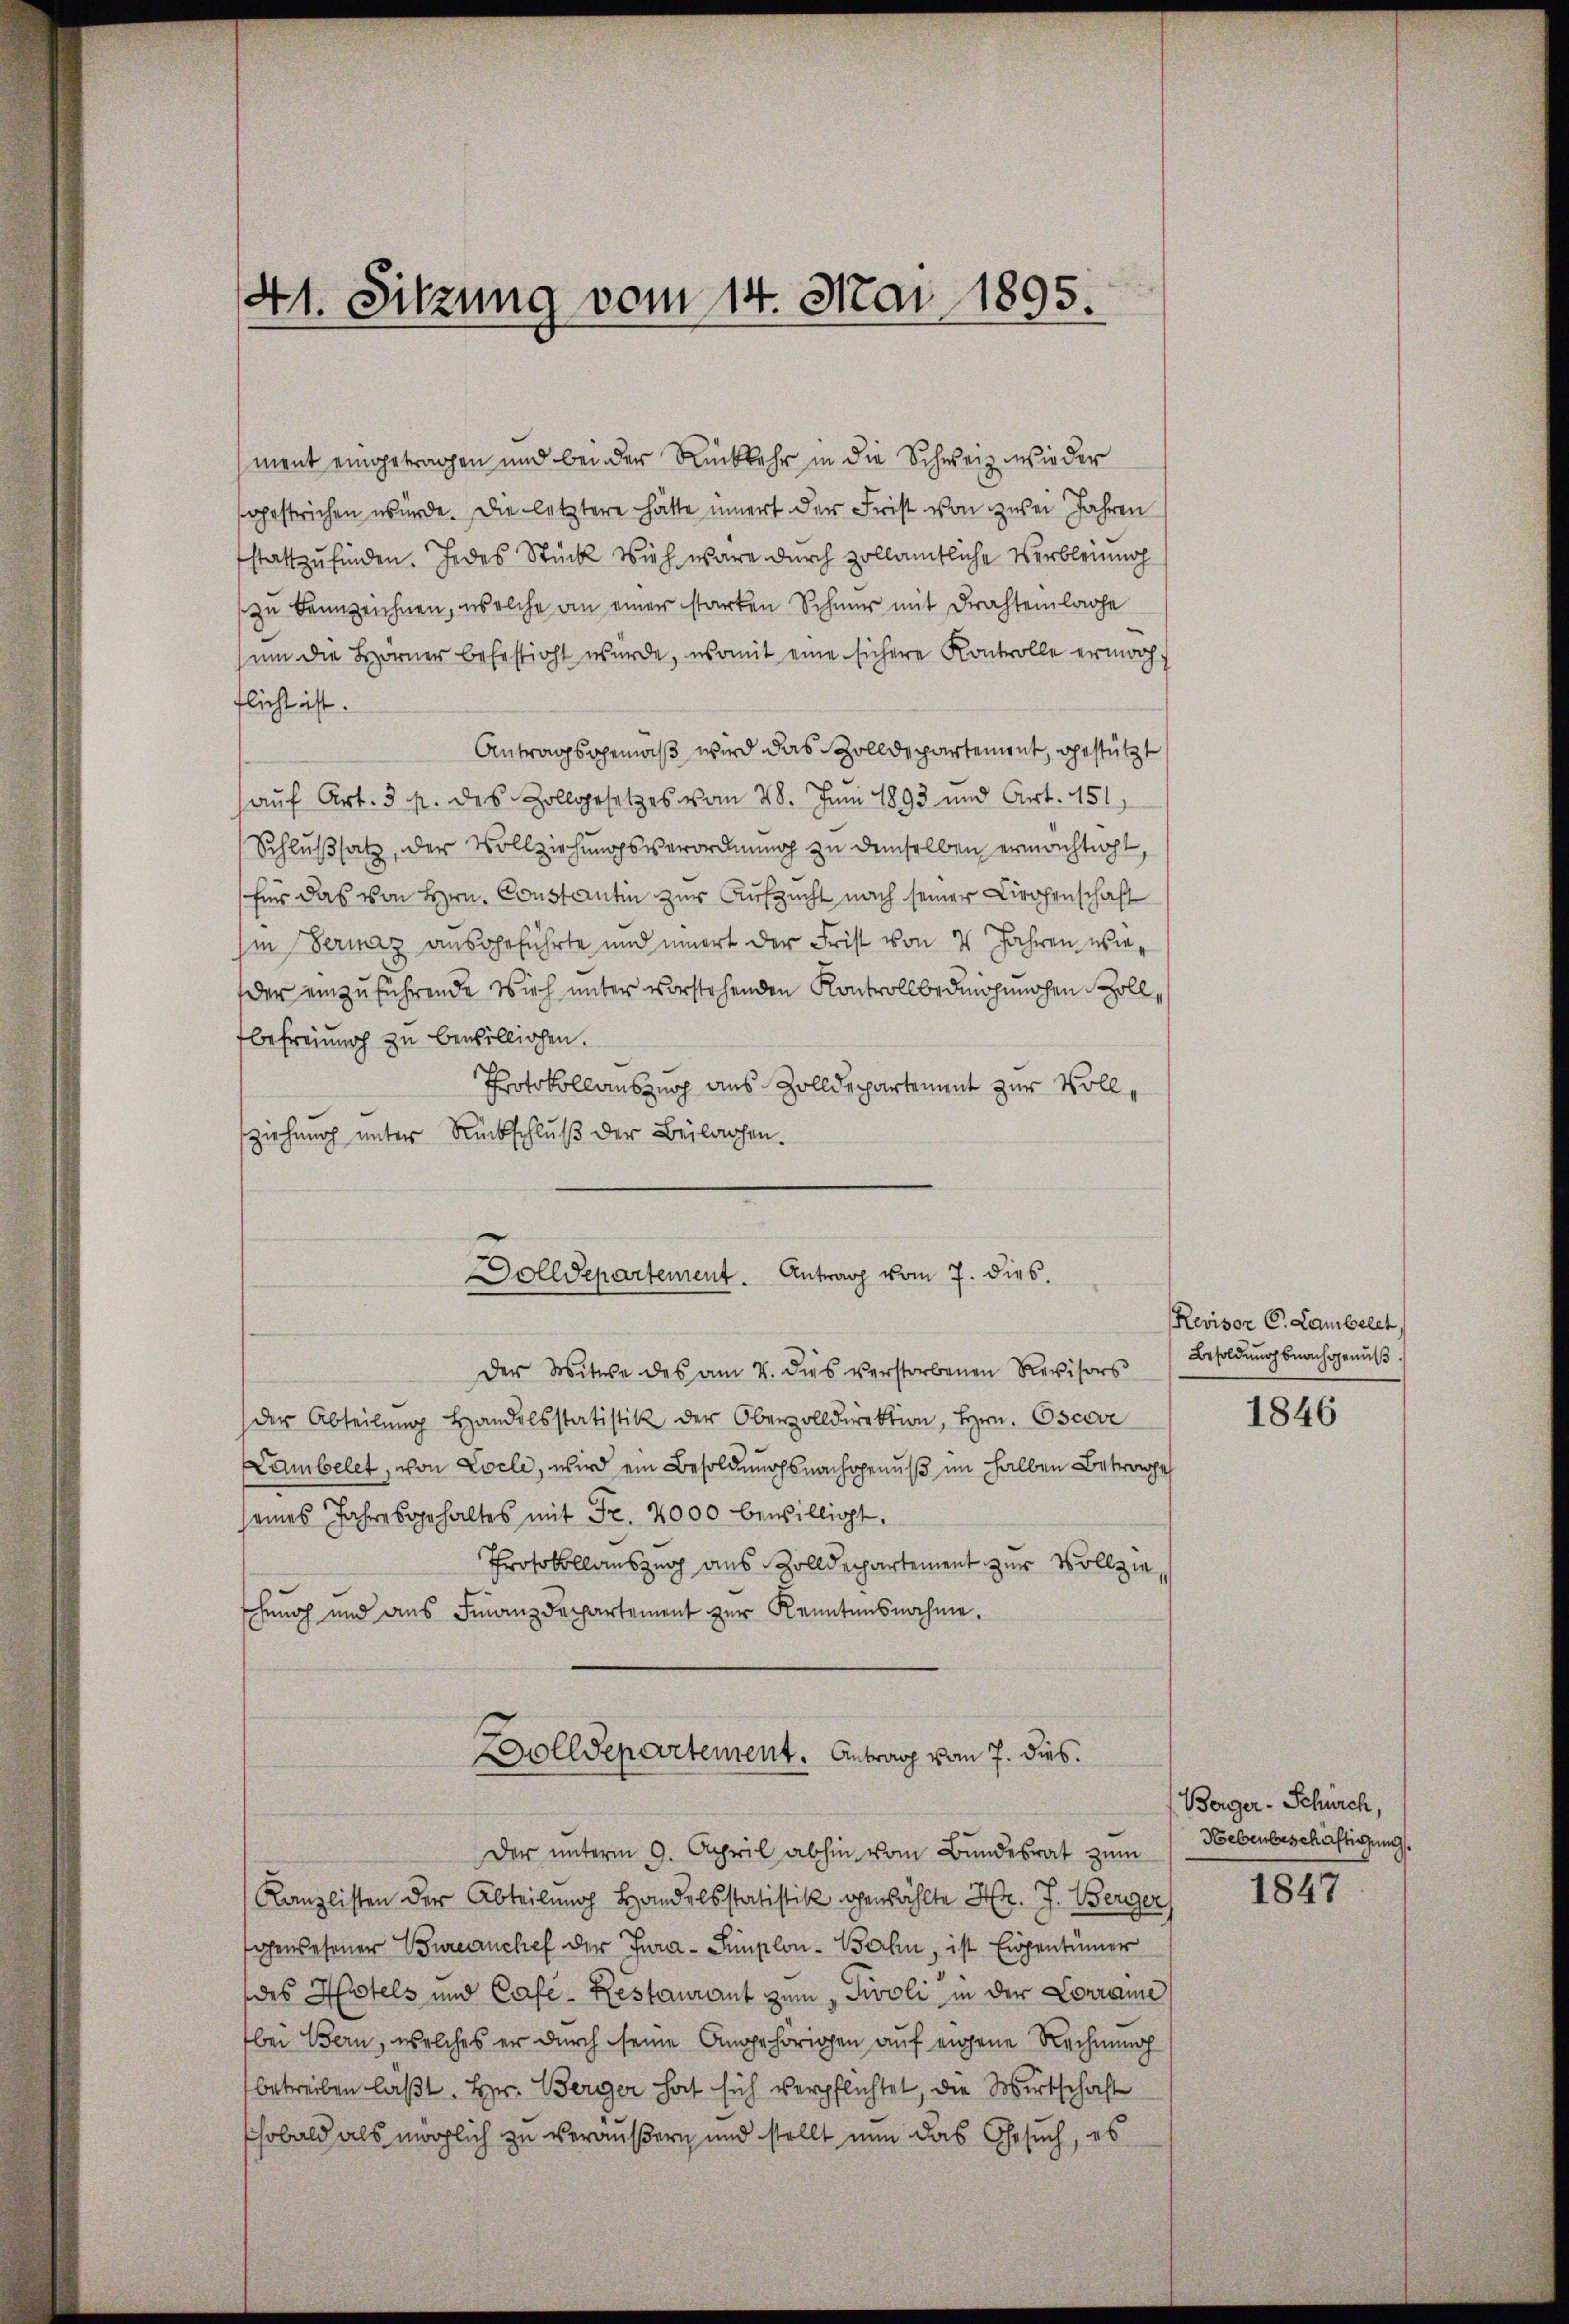
41. Sitzung vom 14. Mai 1895.

ment eingetragen und bei der Rückkehr in die Schweiz wieder
gestrichen würde. Die letztere hätte innert der Frist von zwei Jahren
stattzufinden. Jedes Stück Vieh wäre durch Zollämtliche Verbleing
zu kennzeichnen, welche an einer starken Schnur mit Drahteilage
um die Hörner befestigt wurde, womit eine sichere Kontrolle ermoch
flicht ist.
Antragsgemäß wird das Zolldepartement, gestützt
aŭf Art. 5 p. des Zollgesetzes vom 28. Juni 1893 und Art. 151
Schlußsatz, der Vollziehungsverordnung zu demselben ermachtigt,
für das von Hrn. Constantin zur Aufzucht nach seiner Kirchenschaft
in Vermaz ausgeführte und innert der Frist von 4 Jahren wieder einzuführende Vieh unter vorstehenden Kontrollbedrohungen Zollbefreiung zu bewilligen.
Protokollauszug aus Zolldepartement zur Vollziehung unter Rückschlŭβ der Beilagen.
Der Witwe des am 4. dies verstorbenen Revisors
der Abteilŭng handelsstatistik der Oberzolldirektion, Hrn. Oscove
Lambelet, von Locle, wird ein Besoldungsnachgenuß im halben Betrage
seines Jahresgehaltes mit Fr. 2000 bewilligt.
Protokollauszug aus Zolldepartement zur Vollziee
hung und aus Finanzdepartement zur Kenntensnahme.
olldepartement. Antrag vom 7. dies
Der unterm 9. April abhin vom Bundesrat zum
.
Kanzlisten der Abteilung Handelsstatistik gewählte Hr. J. Berger
gewesener Bureauchef der Jura - Simplon-Bahn, ist Eigentümer
des Hotels und Cafe- Restaurant zum „Tivoli in der Conrame
bei Bern, welches er durch seine Angehörigen auf eigene Rechnung
betreiben laßt. Hr. Berger hat sich verpflichtet, die Wirtschaft
hobald als möglich zu veräußern und stellt nun das Gesuch, es

Dolldepartement. Antrag vom 7. dies.

Revisor C. Lambelet
Besoldung nachgenuß.

1846

Berger-Schürch,
Nebenbeschäftigung.
1847